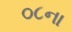
૦૮ના